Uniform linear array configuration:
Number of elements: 12
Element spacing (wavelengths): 0.75
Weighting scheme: hann
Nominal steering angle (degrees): -15
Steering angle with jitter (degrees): -14.935
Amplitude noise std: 0.05
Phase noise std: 0.05

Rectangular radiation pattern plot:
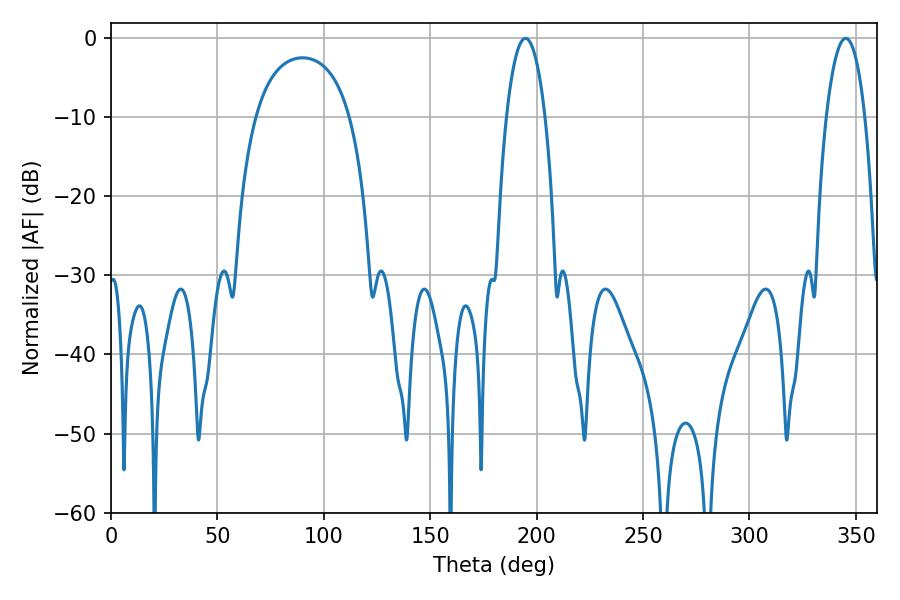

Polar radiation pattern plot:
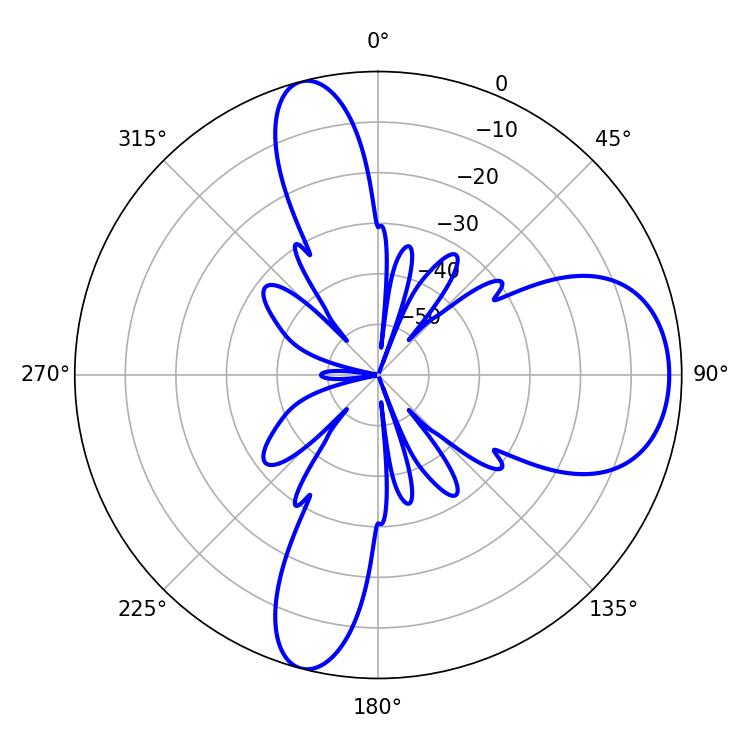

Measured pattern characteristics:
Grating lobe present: TRUE
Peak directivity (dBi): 9.909
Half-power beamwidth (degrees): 10.08
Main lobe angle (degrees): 194.76